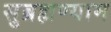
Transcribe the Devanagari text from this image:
सुब्रह्मण्याम